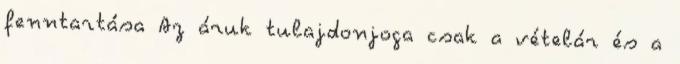
fenntartása Az áruk tulajdonjoga csak a vételár és a